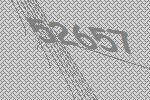
52657